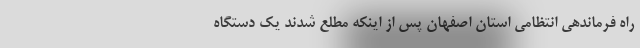
راه فرماندهی انتظامی استان اصفهان پس از اینکه مطلع شدند یک دستگاه